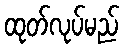
ထုတ်လုပ်မည်